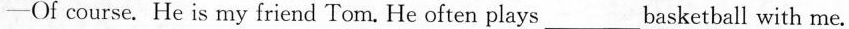
---Of course. He is my friend Tom. He often plays___basketball with me.